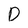
Character: D